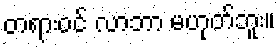
တရားဝင် လာဘာ မဟုတ်ဘူး။